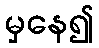
မှနေ၍